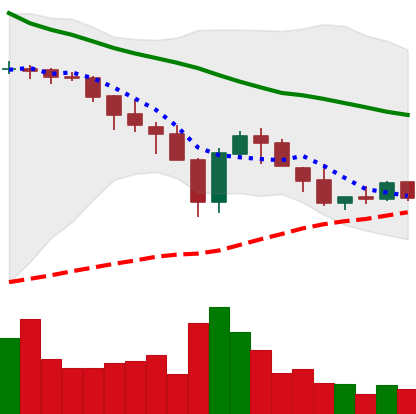
Ticker: XLM-USD
Chart end date: 2018-05-21
Forward return: -10.506%
Label: down_7plus